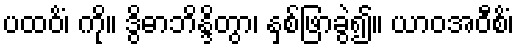
ပထဝိံ၊ ကို။ ဒွိဓာဘိန္ဒိတွာ၊ နှစ်ဖြာခွဲ၍။ ယာဝအဝီစိံ၊